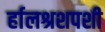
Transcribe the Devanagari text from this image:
र्हालश्रशपशी